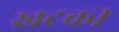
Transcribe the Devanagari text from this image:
खटकी